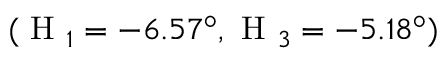
( \mathrm { ~ H ~ } _ { 1 } = - 6 . 5 7 ^ { \circ } , \mathrm { ~ H ~ } _ { 3 } = - 5 . 1 8 ^ { \circ } )